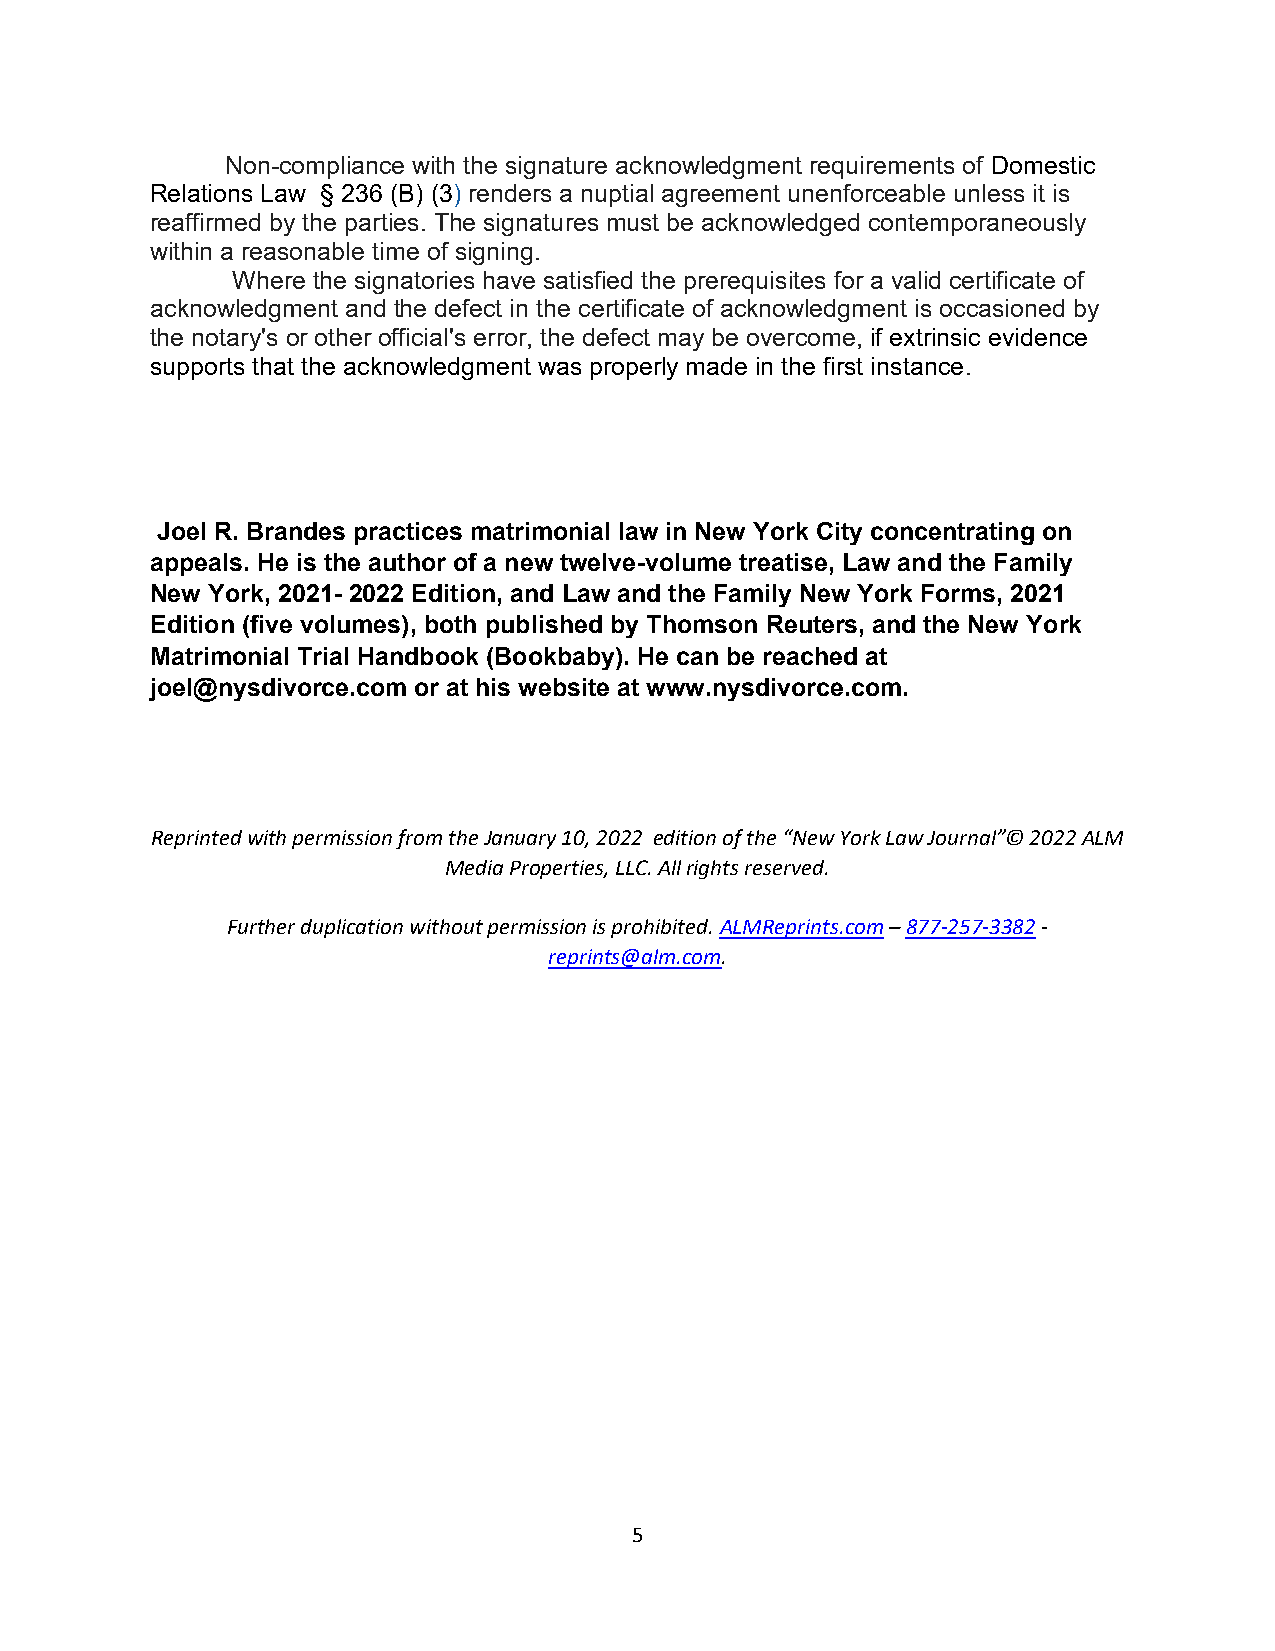
Non-compliance with the signature acknowledgment requirements of Domestic
 Relations Law § 236 (B) (3) renders a nuptial agreement unenforceable unless it is
 reaffirmed by the parties. The signatures must be acknowledged contemporaneously
 within a reasonable time of signing.
 Where the signatories have satisfied the prerequisites for a valid certificate of
 acknowledgment and the defect in the certificate of acknowledgment is occasioned by
 the notary's or other official's error, the defect may be overcome, if extrinsic evidence
 supports that the acknowledgment was properly made in the first instance.
 Joel R. Brandes practices matrimonial law in New York City concentrating on
 appeals. He is the author of a new twelve-volume treatise, Law and the Family
 New York, 2021- 2022 Edition, and Law and the Family New York Forms, 2021
 Edition (five volumes), both published by Thomson Reuters, and the New York
 Matrimonial Trial Handbook (Bookbaby). He can be reached at
 joel@nysdivorce.com or at his website at www.nysdivorce.com.
 Reprinted with permission from the January 10, 2022 edition of the “New York Law Journal”© 2022 ALM
 Media Properties, LLC. All rights reserved.
 Further duplication without permission is prohibited. ALMReprints.com – 877-257-3382 -
 reprints@alm.com.
 5